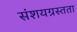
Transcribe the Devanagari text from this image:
संशयग्रस्तता